Problem: 49 + 10 = ?
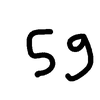
Handwritten answer: 59